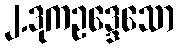
၂.ဒုကဥဒ္ဒေသော